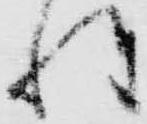
姓